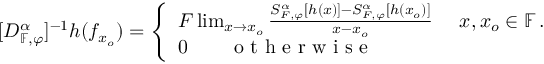
[ D _ { \mathbb { F } , \varphi } ^ { \alpha } ] ^ { - 1 } h ( f _ { x _ { o } } ) = \left\{ \begin{array} { l l } { F \operatorname* { l i m } _ { x \rightarrow x _ { o } } \frac { S _ { F , \varphi } ^ { \alpha } [ h ( x ) ] - S _ { F , \varphi } ^ { \alpha } [ h ( x _ { o } ) ] } { x - x _ { o } } ~ ~ ~ ~ x , x _ { o } \in \mathbb { F } \, . } \\ { 0 \qquad \textrm { o t h e r w i s e } } \end{array} \right.